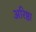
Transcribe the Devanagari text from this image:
अरिष्ठा